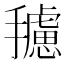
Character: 𱡆